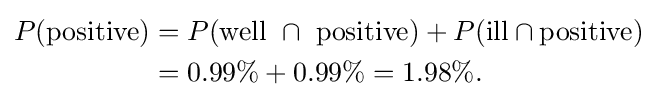
{\begin{aligned}P({\text{positive}})&{}=P({\text{well }}\cap {\text{ positive}})+P({\text{ill}}\cap {\text{positive}})\\&{}=0.99\%+0.99\%=1.98\%.\end{aligned}}